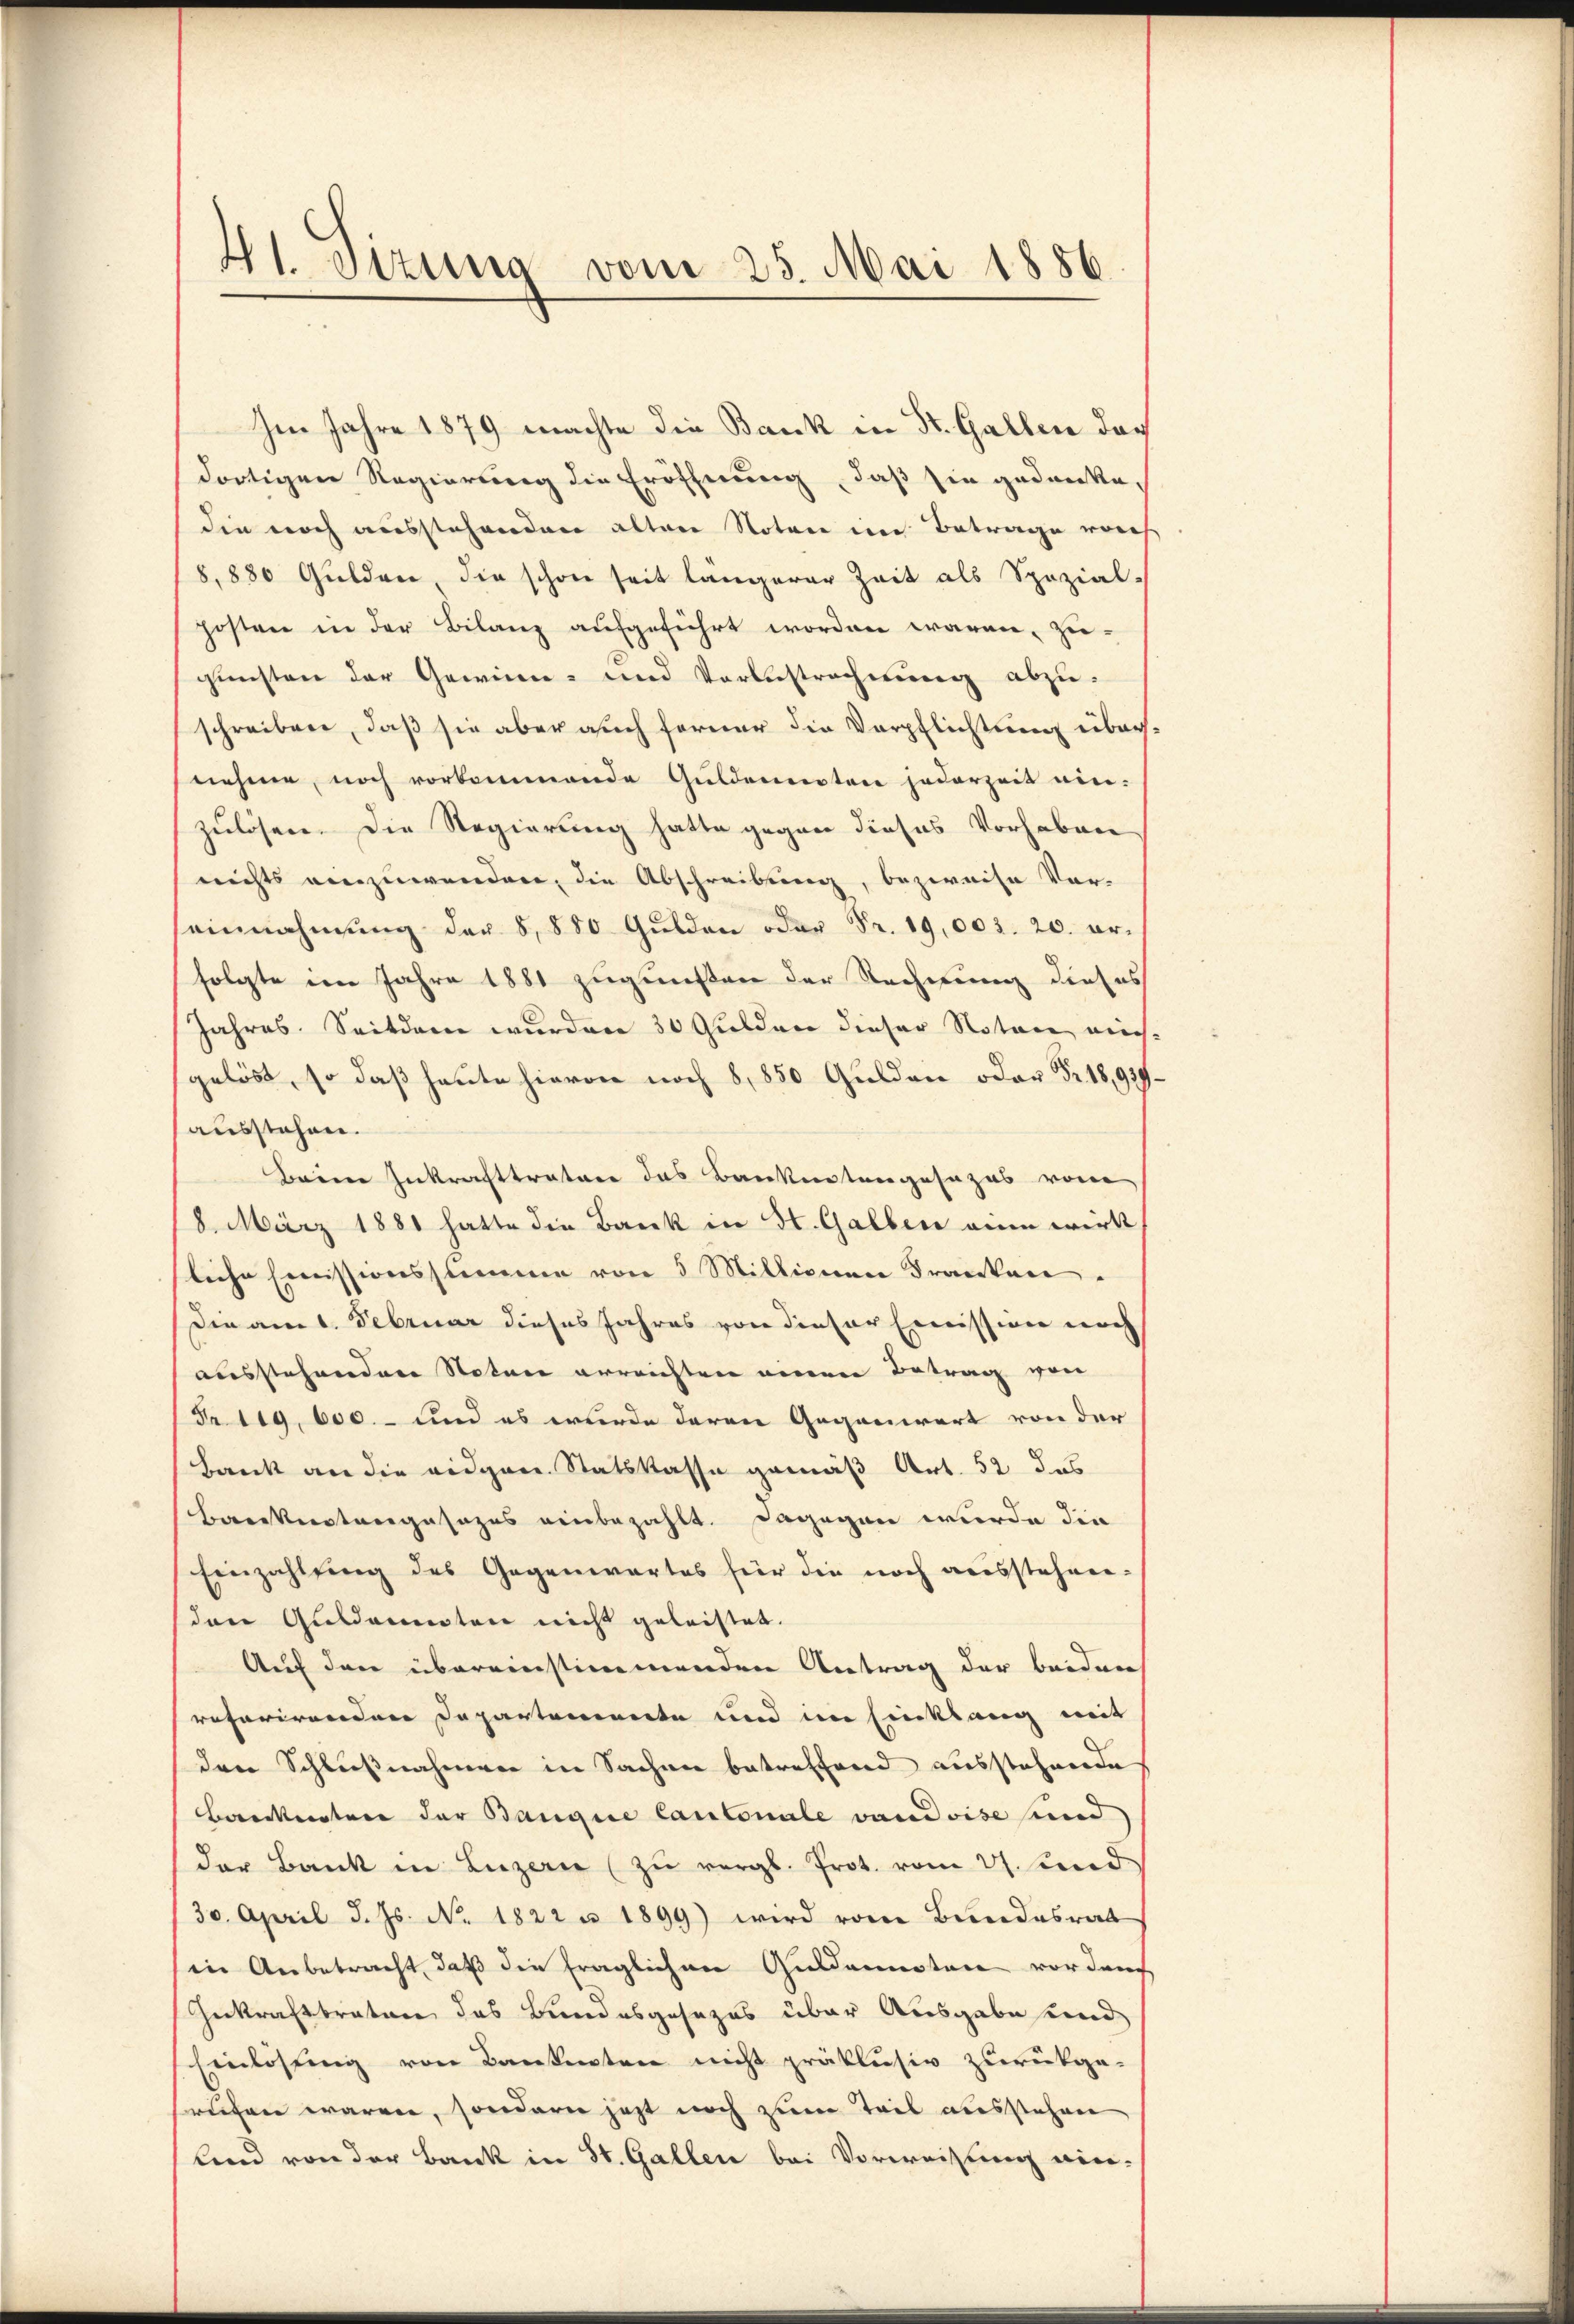
41. Sizung vom 25. Mai 1886.

Im Jahre 1879 machte die Bank in St. Gallen doch
dortigen Regierung die Eröffnung, daß sie gedanke,
die noch ausstehenden alten Noten im Betrage noch
8,880 Gulden die schon seit längerer Zeit als Spezial-
posten in der Bilanz aufgeführt worden wären, zu-
gunsten der Gewinn- und Vorbestrechnung abzu-
schreiben, daß sie aber auch ferner die Verpflichtung übernehme, noch vorkommende Guldennoten jederzeit ein-
zulösen. Die Regierung hatte gegen dieses Vorhaben
nichts anzuwenden, die Abschreibung, bezweise Vor-
einnahmung der 8, 880 Gulden oder Fr. 19,003. 20. erfolgte im Jahre 1881 zugunsten der Rechnung dieses
Jahres. Seitdem wurden 30 Gulden dieser Notare mich.
gelöst, so daß heute hievon noch 8,850 Gulden oder Fr. 18,929.
ausstehen.
Beim Inkrafttratore das Banknotengesezes von
8. März 1881 hatte die Bank in St. Galben an wirk
liche Emissionsstimme von 5 Millionen Franken.
die am 1. Februar dieses Jahres von dieser Emission noch
ausstehenden Noten erreichten einen Betrag von
Frtig, 600. - und es wurde deren Gegenwart von der
Bank an die eidgen. Statskasse gemäß Art. 52 das
Barkerstangesezes einbezahlt. Dagegen wurde die
Einzahlŭng des Gegenwartes für die noch ausstehen-
den Gutdauerten nicht geleistet.
Auf den übereinstimmenden Antrag der beidenh
referirenden Departemente und im Einklang mit
den Schlußnahmen in Sachen betreffend ausstehende
Barkeitere der Bangie Cantonale vaudoise und
der Bank in Luzern zŭ vergl. Prot. vom 21. Leid
30. April d. Js. No. 1822 n 1899) wird vom Bundesrat
in Anbetracht, daß die fraglichen Guldennoten vorden
Gekrafttreten das Bundesgesezes über Ausgabe send
Einlassung von Bankentrie nicht präklusiv zurückge-
ruchen waren, sondern jetzt noch zum Teil ausstehen
lind von der Bank in St. Gallen bei Vorweisung ein-